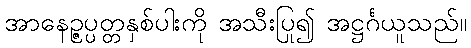
အာနေဉ္ဇပ္ပတ္တနှစ်ပါးကို အသီးပြု၍ အဋ္ဌင်္ဂယူသည်။